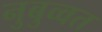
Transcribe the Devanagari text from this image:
नुबुव्वत